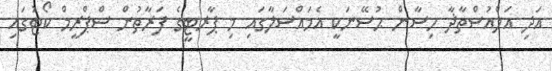
އަދި އަލްއުސްތާޛާ ހިސާން ޙުސޭނަކީ އެމައްސަލާގައި މި ޕާރޓީގެ ފަރާތުން ސްޕްރީމް ކޯޓުގައި